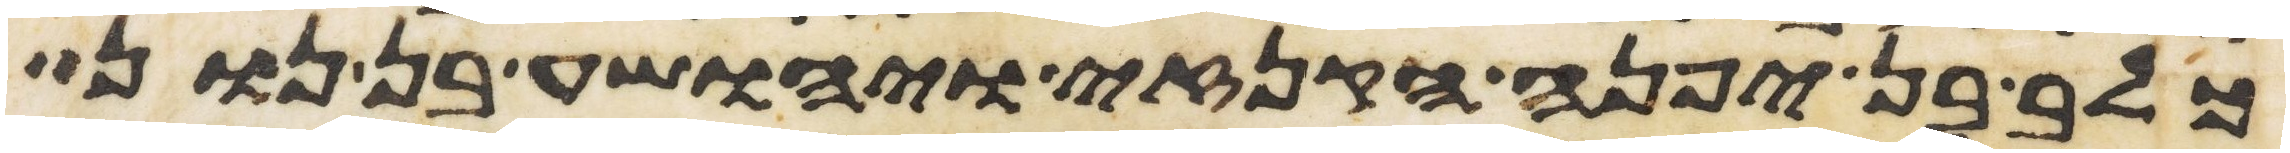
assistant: כלב בן יפנה הקנזי ויהושע בן נון